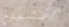
الشيوخ